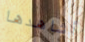
أشاهدها